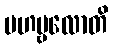
မဟဗ္ဗလောတိ